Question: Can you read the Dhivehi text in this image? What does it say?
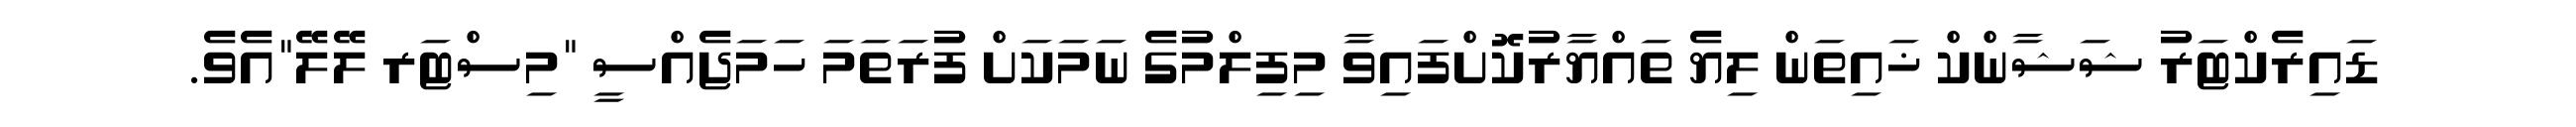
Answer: ޑައިރެކްޓަރު ޝަޝާންކް ޚައިތަން ލިޔެ ތައްޔާރުކޮށްފައިވާ މިފިލްމުގެ ނަމަކަށް ފުރަތަމަ ހަމަޖެއްސީ "މިސްޓަރ ލޭލޭ"އެވެ.